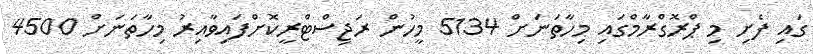
ގައި ފެށި މި ޕްރޮގްރާމްގައި މިހާތަނަށް 5134 މީހުން ރަޖިސްޓްރީކޮށްފައިވާއިރު މިހާތަނަށް 4500